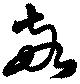
敬